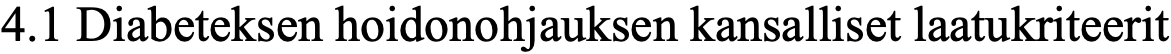
4.1 Diabeteksen hoidonohjauksen kansalliset laatukriteerit